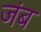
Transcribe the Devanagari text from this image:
जंब